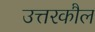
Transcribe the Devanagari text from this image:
उत्तरकौल